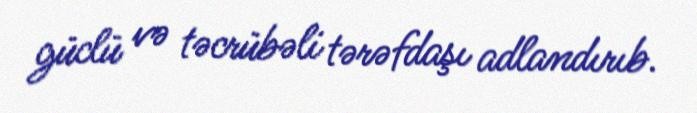
güclü və təcrübəli tərəfdaşı adlandırıb.